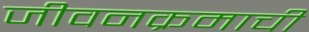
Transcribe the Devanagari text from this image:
जीवनक्रमाची